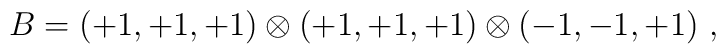
B=(+1, +1, +1)  \otimes (+1, +1, +1) \otimes (-1, -1, +1)~,~\,